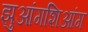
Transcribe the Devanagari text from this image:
झुआंगशिआंग